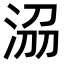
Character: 𣴀